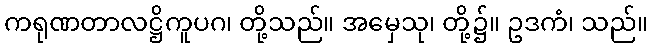
ကရုဏတာလဋ္ဌိကူပဂ၊ တို့သည်။ အမှေသု၊ တို့၌။ ဥဒကံ၊ သည်။